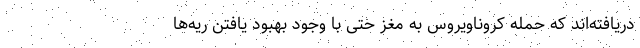
دریافته‌اند که حمله کروناویروس به مغز حتی با وجود بهبود یافتن ریه‌ها